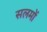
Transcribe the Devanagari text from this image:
सलमों